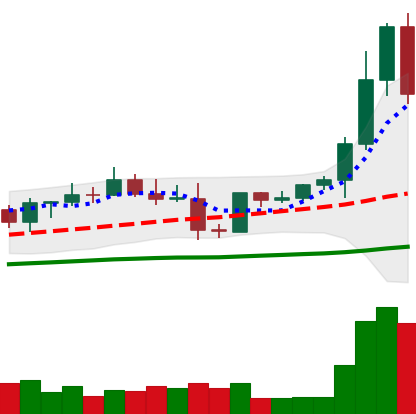
Ticker: EOS-USD
Chart end date: 2021-04-03
Forward return: 18.073%
Label: up_7plus